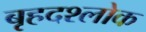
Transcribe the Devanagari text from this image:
बृहदश्लोक